Indian journal of veterinary science and animal husbandry - Volume 8,
Year: 1938
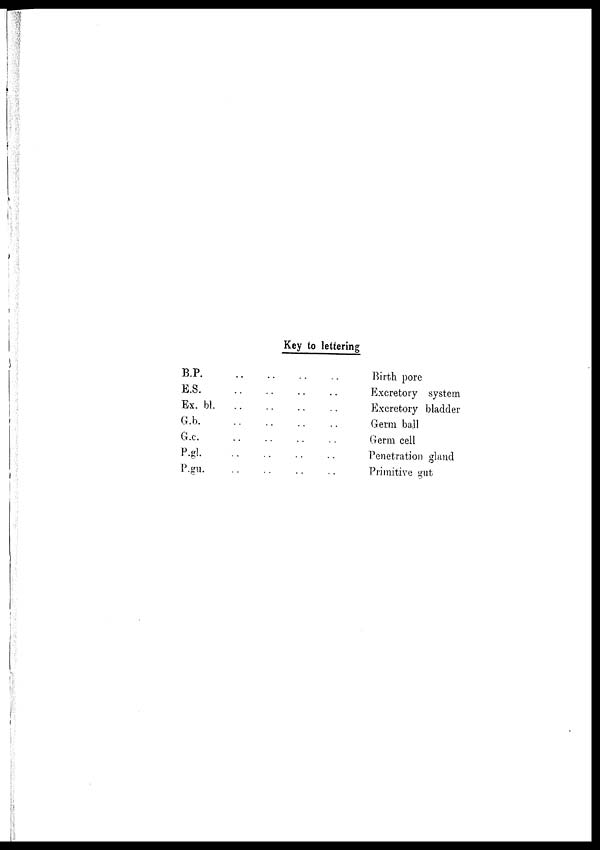
Key to lettering
B.P. .. .. .. ..
E.S. .. .. .. ..
Ex. bl. .. .. .. ..
G.b. .. .. .. ..
G.c. .. .. .. ..
P.gl. .. .. .. ..
P.gu. .. .. .. ..
Birth pore
Excretory system
Excretory bladder
Germ ball
Germ cell
Penetration gland
Primitive gut